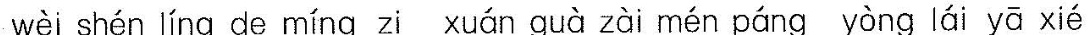
wèi shén líng de míng zì xuán guà zài mén páng yòng lái yā xié